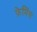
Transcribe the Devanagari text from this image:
फ़ेमिंस